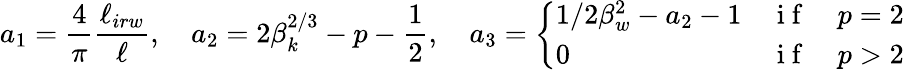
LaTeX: a_{1}=\frac{4}{\pi}\frac{\ell_{irw}}{\ell},\quad a_{2}=2\beta_{k}^{2/3}-p-\frac{1}{2},\quad a_{3}=\left\{ \begin{array}{ll}{1/2\beta_{w}^{2}-a_{2}-1}&{\mathrm{~i~f~}\quad p=2}\\ {0}&{\mathrm{~i~f~}\quad p>2}\end{array}\right.